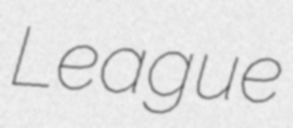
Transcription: League